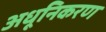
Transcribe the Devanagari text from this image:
अधूनिकरण